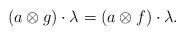
LaTeX: \begin{align*}(a \otimes g)\cdot \lambda = (a \otimes f)\cdot \lambda.\end{align*}